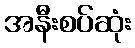
အနီးစပ်ဆုံး